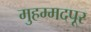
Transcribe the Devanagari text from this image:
मुहम्मदपूर